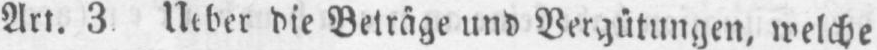
Art. 3 Ueber die Beträge und Vergütungen, welche